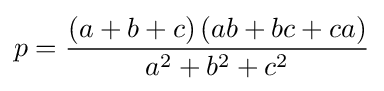
p={\frac {\left(a+b+c\right)\left(ab+bc+ca\right)}{a^{2}+b^{2}+c^{2}}}